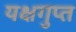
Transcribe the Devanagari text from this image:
यक्षगुप्त